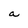
Character: a